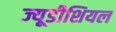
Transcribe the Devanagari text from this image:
ज्यूडीशियल